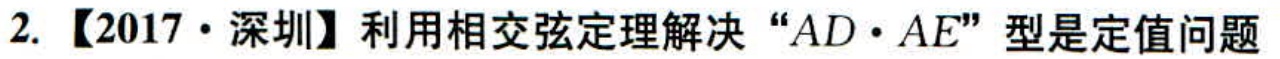
2. 【2017·深圳】利用相交弦定理解决“\(AD\cdot AE\)”型是定值问题